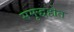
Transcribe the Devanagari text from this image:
समृद्धहोत